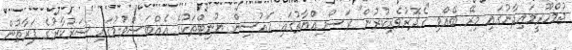
ޖުމްހޫރީމައިދާނުގައި މިރޭ ބޭއްވި "ގެދޮރުވެރިކުރުން" ރަސްމިއްޔާތުގައި ހައުސިން ޔުނިޓްތަކުގެ އެއްބަސްވުމުގައި ސަރުކާރުގެ ފަރާތުން